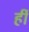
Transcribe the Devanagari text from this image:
र्ही